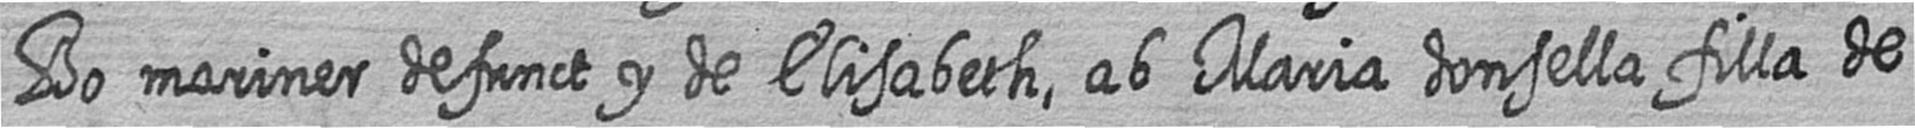
Bo mariner defunct y de Elisabeth ab Maria donsella filla de